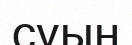
суын